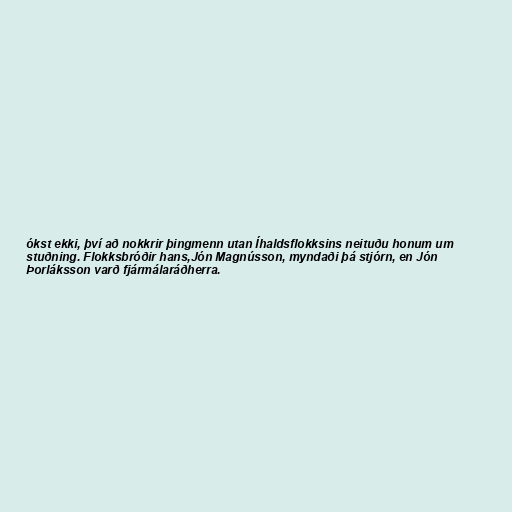
ókst ekki, því að nokkrir þingmenn utan Íhaldsflokksins neituðu honum um
stuðning. Flokksbróðir hans,Jón Magnússon, myndaði þá stjórn, en Jón
Þorláksson varð fjármálaráðherra.